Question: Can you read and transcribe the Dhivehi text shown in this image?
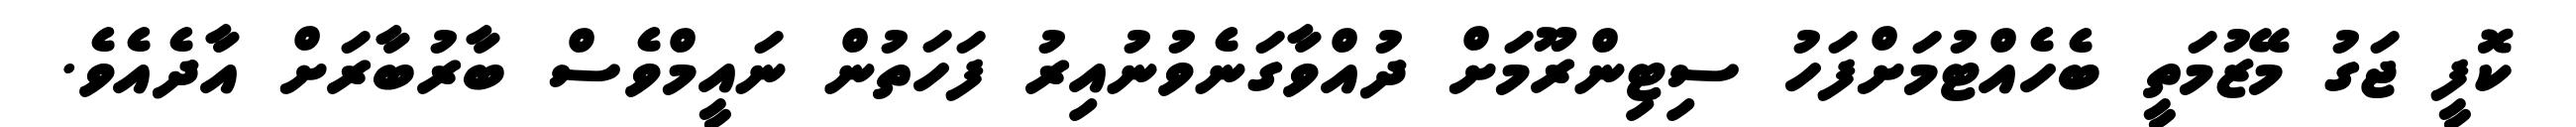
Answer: ކޮފީ ޖަގު މޭޒުމަތީ ބެހެއްޓުމަށްފަހު ސިޓިންރޫމަށް ދުއްވާގަނެވުނުއިރު ފަހަތުން ނައީމްވެސް ބާރުބާރަށް އާދެއެވެ.